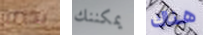
بذاته يمكننك هناك